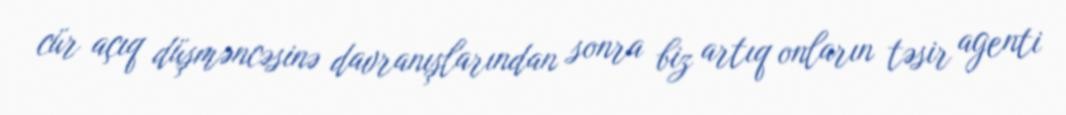
cür açıq düşməncəsinə davranışlarından sonra biz artıq onların təsir agenti